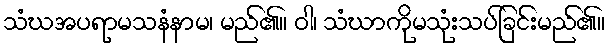
သံဃအပရာမသနံနာမ၊ မည်၏။ ဝါ၊ သံဃာကိုမသုံးသပ်ခြင်းမည်၏။